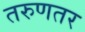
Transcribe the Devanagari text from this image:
तरुणतर